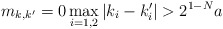
\begin{align*}m_{k,k^{\prime}}=0\max_{i=1,2}\left\vert k_{i}-k_{i}^{\prime}\right\vert >2^{1-N}a \end{align*}